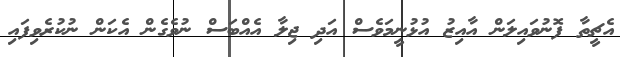
އެޗީތާ ފޮނުވައިލަން އާއިޒު އުޅުނީމަވެސް އަދި ޖިލާ އެއްބަސް ނުވެގެން އެކަން ނުކުރެވިފައި